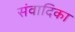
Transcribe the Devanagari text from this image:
संवादिका